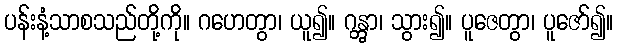
ပန်းနံ့သာစသည်တို့ကို။ ဂဟေတွာ၊ ယူ၍။ ဂန္တွာ၊ သွား၍။ ပူဇေတွာ၊ ပူဇော်၍။